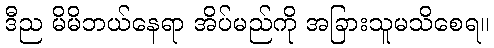
ဒီည မိမိဘယ်နေရာ အိပ်မည်ကို အခြားသူမသိစေရ။